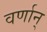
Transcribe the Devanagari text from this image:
वर्णान्